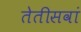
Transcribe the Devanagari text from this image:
तेतीसवां